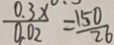
\frac { 0 . 3 x } { 0 . 0 2 } = \frac { 1 5 0 } { 2 6 }